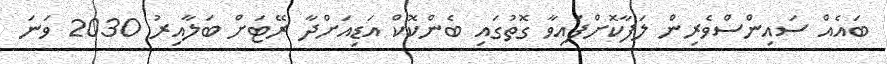
ބައެއް ސައިންސްވެރިން ލަފާކޮށްފައިވާ ގޮތުގައި ބެންކޮކް އަޑިއަށްދާ ރޭޓަށް ބަލާއިރު 2030 ވަނަ